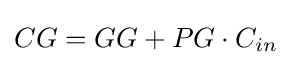
CG=GG+PG\cdot C_{in}